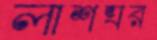
লাশঘর